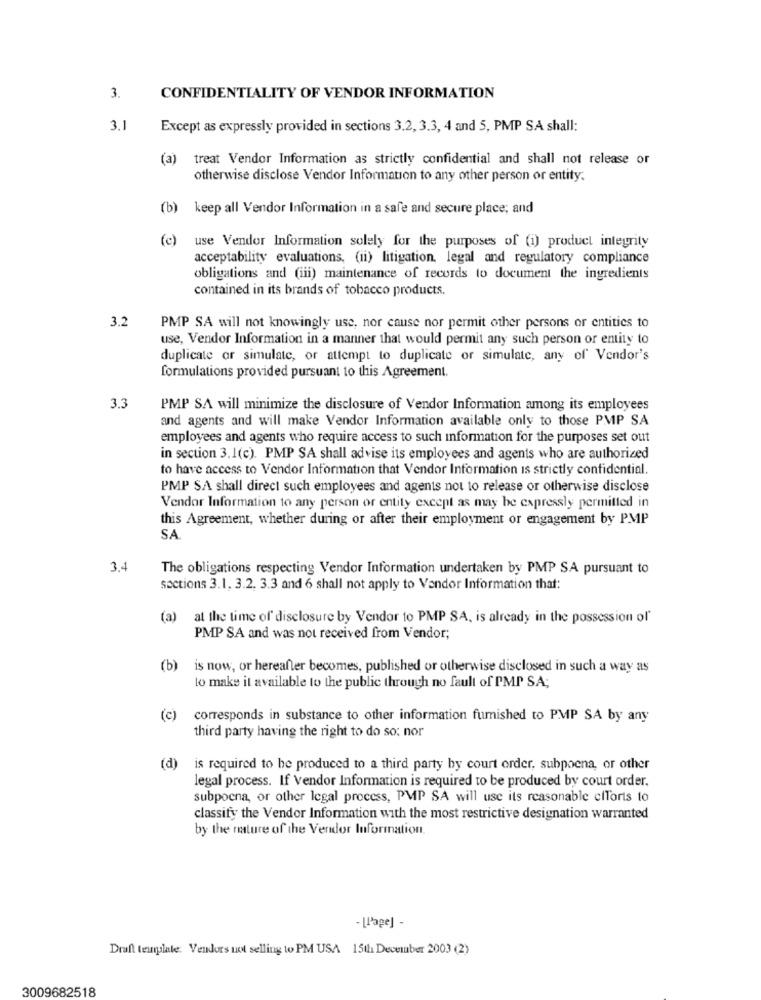
3.
CONFIDENTIALITY OF VENDOR INFORMATION
3.1
Except as expressly provided in sections 3.2, 3.3, 4 and 5, PMP SA shall:
(a)
treat Vendor Information as strictly confidential and shall not release or
otherwise disclose Vendor Information to any other person or entity.
(b) keep all Vendor Information in a safe and secure place; and
(c) use Vendor Information solely for the purposes of (i) product integrity
acceptability evaluations, (ii) litigation, legal and regulatory compliance
obligations and (iii) maintenance of records to document the ingredients
contained in its brands of tobacco products.
3.2
PMP SA will not knowingly use, nor cause nor permit other persons or entities to
use, Vendor Information in a manner that would permit any such person or entity to
duplicate or simulate, or attempt to duplicate or simulate, any of' Vendor's
formulations provided pursuant to this Agreement.
3.3
PMP SA will minimize the disclosure of Vendor Information among its employees
and agents and will make Vendor Information available only to those PMP SA
employees and agents who require access to such information for the purposes set out
in section 3.1(c). PMP SA shall advise its employees and agents who are authorized
to have access to Vendor Information that Vendor Information is strictly confidential.
PMP SA shall direct such employees and agents not to release or otherwise disclose
Vendor Information to any person or entity except as may be expressly permitted in
this Agreement, whether during or after their employment or engagement by PMP
SA
3.4
The obligations respecting Vendor Information undertaken by PMP SA pursuant to
sections 3.1. 3.2. 3.3 and 6 shall not apply to Vendor Information that:
(a)
at the time of disclosure by Vendor to PMP SA, is already in the possession of'
PMP SA and was not received from Vendor;
(b)
is now, or hereafter becomes, published or otherwise disclosed in such a way as
lo make it available to the public through no fault of PMP SA;
(c)
corresponds in substance to other information fumished to PMP SA by any
third party having the right to do so: nor
(d)
is required to be produced to a third party by court order, subpoena, or other
legal process. If Vendor Information is required to be produced by court order.
subpoena, or other legal process, PMP SA will use its reasonable efforts to
classify the Vendor Information with the most restrictive designation warranted
by the nature of the Vendor Information.
- [Page] -
Draft template: Vendors not selling to PM USA 15th December 2003 (2)
3009682518